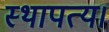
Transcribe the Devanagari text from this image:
स्थापत्य।